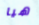
هيا